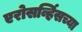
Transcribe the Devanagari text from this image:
एरोसर्व्हिसच्या